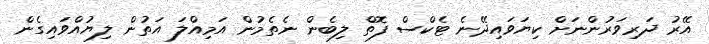
އޭރު ދަރިވަރުންނަށް ކިޔަވައިދޭނެ ޓެކްސް ފޮތް ލިބެން ނެތެމުން އަމިއްލަ އަތުން ލިޔުއްވައިގެން